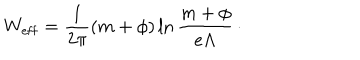
W _ { \mathrm { e f f } } = { \frac { 1 } { 2 \pi } } ( m + \phi ) \ln { \frac { m + \phi } { e \Lambda } } \, \cdotp